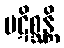
ပဋိစ္ဆန္တိ